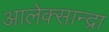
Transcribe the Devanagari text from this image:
आलेक्सान्द्रा